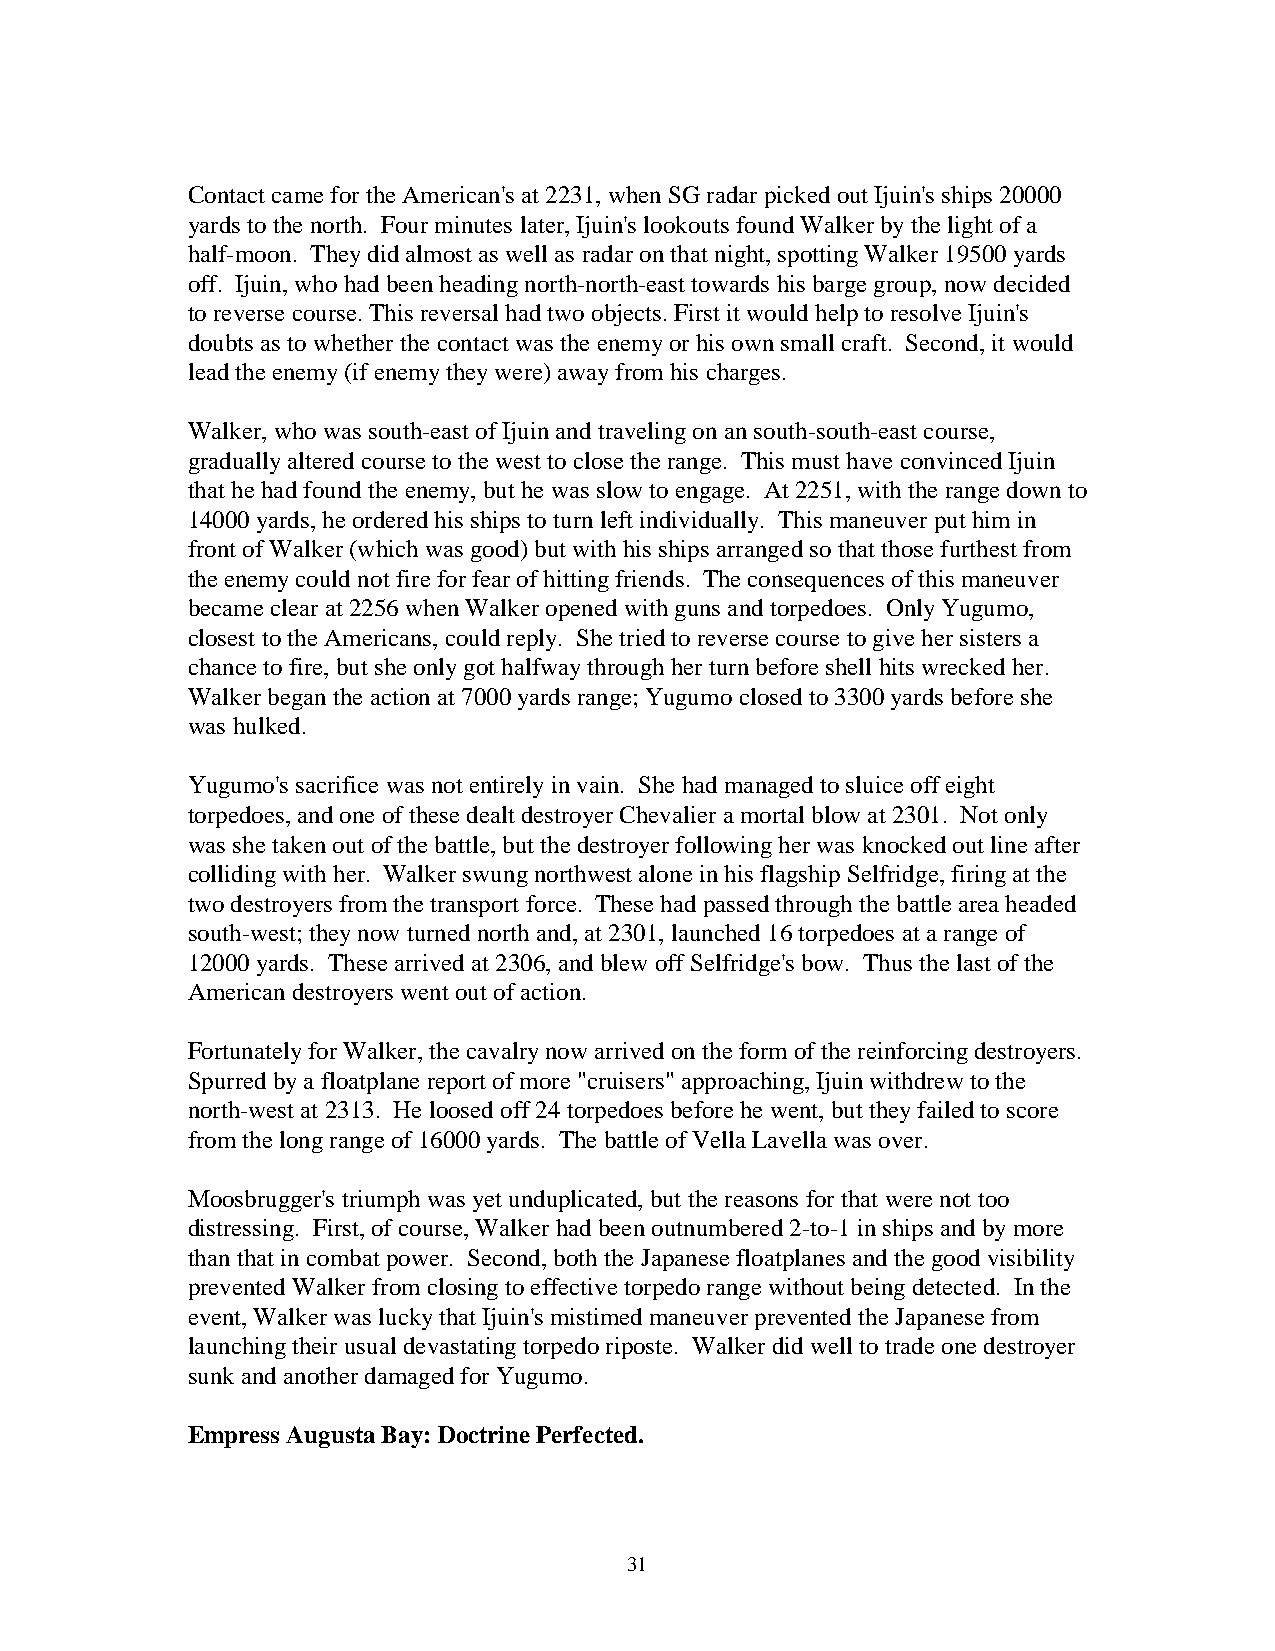
Contact came for the American's at 2231, when SG radar picked out Ijuin's ships 20000
 yards to the north. Four minutes later, Ijuin's lookouts found Walker by the light of a
 half-moon. They did almost as well as radar on that night, spotting Walker 19500 yards
 off. Ijuin, who had been heading north-north-east towards his barge group, now decided
 to reverse course. This reversal had two objects. First it would help to resolve Ijuin's
 doubts as to whether the contact was the enemy or his own small craft. Second, it would
 lead the enemy (if enemy they were) away from his charges.
 Walker, who was south-east of Ijuin and traveling on an south-south-east course,
 gradually altered course to the west to close the range. This must have convinced Ijuin
 that he had found the enemy, but he was slow to engage. At 2251, with the range down to
 14000 yards, he ordered his ships to turn left individually. This maneuver put him in
 front of Walker (which was good) but with his ships arranged so that those furthest from
 the enemy could not fire for fear of hitting friends. The consequences of this maneuver
 became clear at 2256 when Walker opened with guns and torpedoes. Only Yugumo,
 closest to the Americans, could reply. She tried to reverse course to give her sisters a
 chance to fire, but she only got halfway through her turn before shell hits wrecked her.
 Walker began the action at 7000 yards range; Yugumo closed to 3300 yards before she
 was hulked.
 Yugumo's sacrifice was not entirely in vain. She had managed to sluice off eight
 torpedoes, and one of these dealt destroyer Chevalier a mortal blow at 2301. Not only
 was she taken out of the battle, but the destroyer following her was knocked out line after
 colliding with her. Walker swung northwest alone in his flagship Selfridge, firing at the
 two destroyers from the transport force. These had passed through the battle area headed
 south-west; they now turned north and, at 2301, launched 16 torpedoes at a range of
 12000 yards. These arrived at 2306, and blew off Selfridge's bow. Thus the last of the
 American destroyers went out of action.
 Fortunately for Walker, the cavalry now arrived on the form of the reinforcing destroyers.
 Spurred by a floatplane report of more "cruisers" approaching, Ijuin withdrew to the
 north-west at 2313. He loosed off 24 torpedoes before he went, but they failed to score
 from the long range of 16000 yards. The battle of Vella Lavella was over.
 Moosbrugger's triumph was yet unduplicated, but the reasons for that were not too
 distressing. First, of course, Walker had been outnumbered 2-to-1 in ships and by more
 than that in combat power. Second, both the Japanese floatplanes and the good visibility
 prevented Walker from closing to effective torpedo range without being detected. In the
 event, Walker was lucky that Ijuin's mistimed maneuver prevented the Japanese from
 launching their usual devastating torpedo riposte. Walker did well to trade one destroyer
 sunk and another damaged for Yugumo.
 Empress Augusta Bay: Doctrine Perfected.
 31